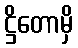
ဋ္ဌိတောမှိ